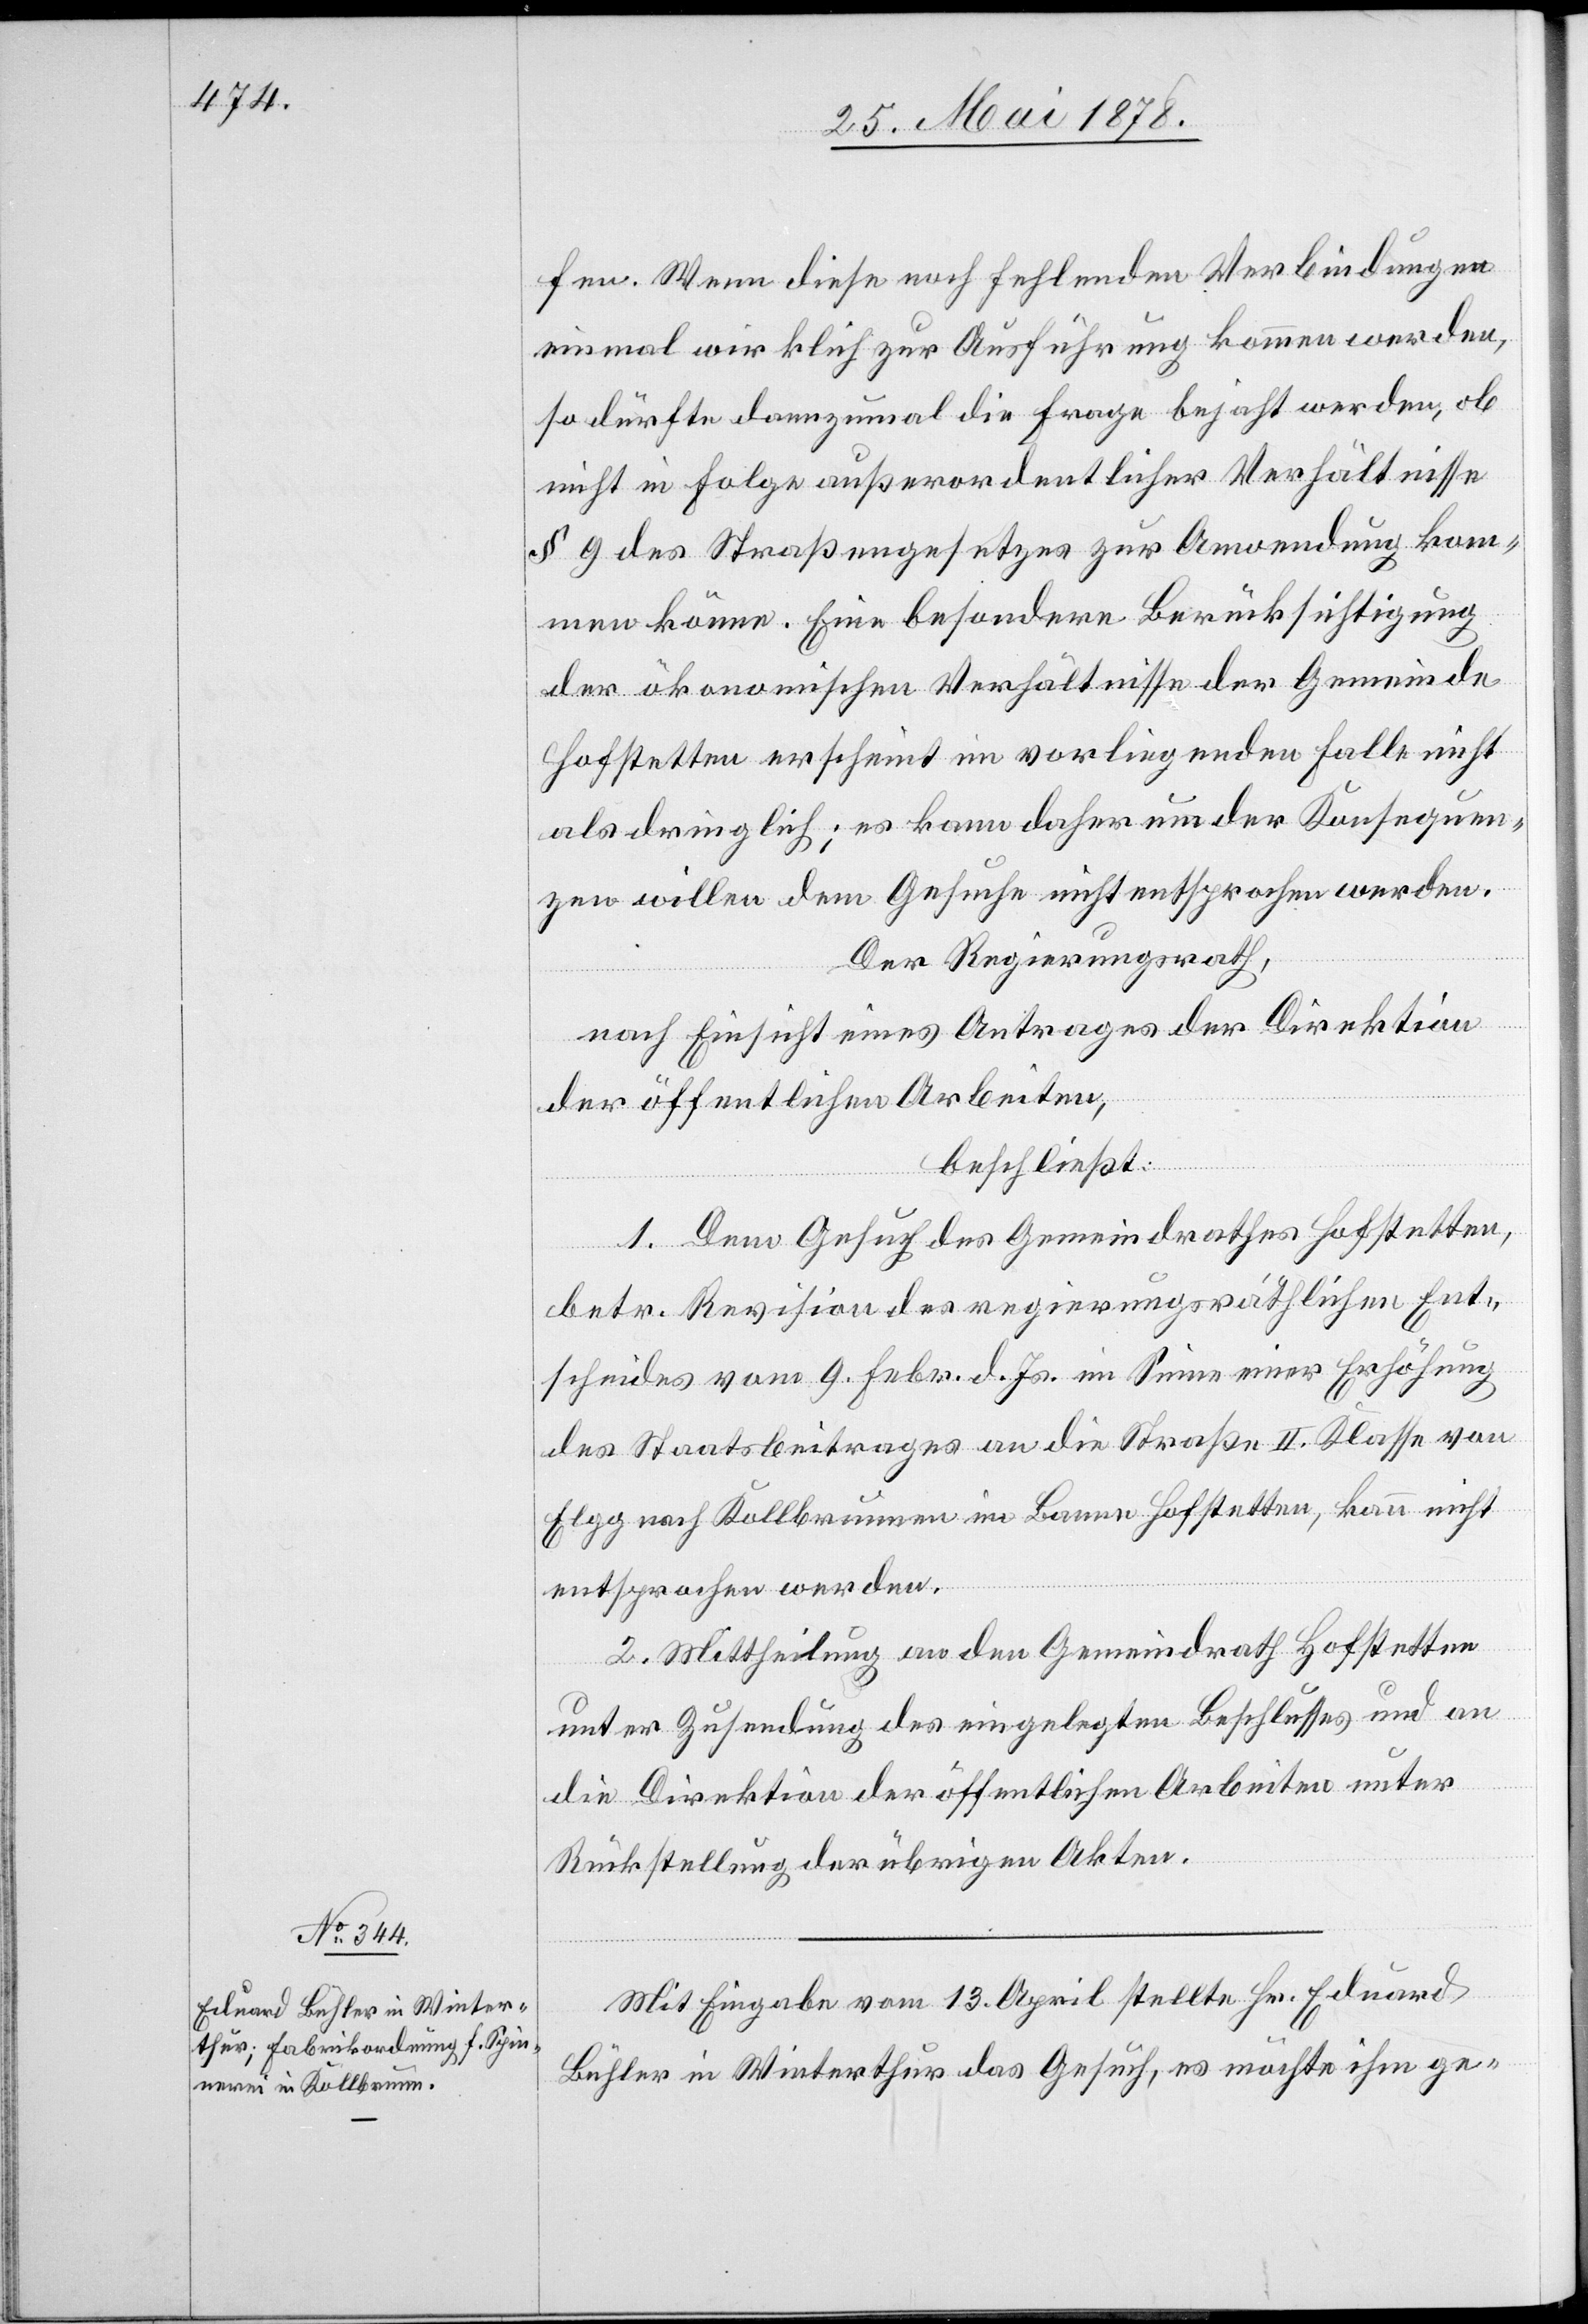
fen. Wenn diese noch fehlenden Verbindungen
einmal wirklich zur Ausführung kommen werden,
so dürfte dannzumal die Frage bejaht werden, ob
nicht in Folge außerordentlicher Verhältnisse
§ 9 des Straßengesetzes zur Anwendung kom¬
men könne. Eine besondere Berücksichtigung
der ökonomischen Verhältnisse der Gemeinde
Hofstetten erscheint im vorliegenden Falle nicht
als dringlich; es kann daher um der Konsequen¬
zen willen dem Gesuche nicht entsprochen werden.
Der Regierungsrath,
nach Einsicht eines Antrages der Direktion
der öffentlichen Arbeiten,
beschließt:
1. Dem Gesuch des Gemeindrathes Hofstetten,
betr. Revision des regierungsräthlichen Ent¬
scheides vom 9. Febr. d. Js. im Sinne einer Erhöhung
des Staatsbeitrages an die Straße II. Klasse von
Elgg nach Kollbrunnen im Banne Hofstetten, kann nicht
entsprochen werden.
2. Mittheilung an den Gemeindrath Hofstetten
unter Zusendung des eingelegten Beschlusses und an
die Direktion der öffentlichen Arbeiten unter
Mit Eingabe vom 13. April stellte Hr. Eduard
Bühler in Winterthur das Gesuch, es möchte ihm ge-